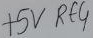
Text: +5V RE4